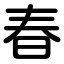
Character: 春